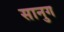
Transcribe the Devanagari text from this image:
सानुग